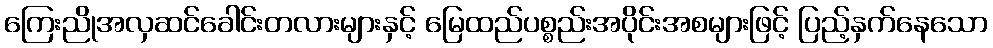
ကြေးညိုအလှဆင်ခေါင်းတလားများနှင့် မြေထည်ပစ္စည်းအပိုင်းအစများဖြင့် ပြည့်နှက်နေသော